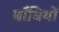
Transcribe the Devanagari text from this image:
बाँबियों